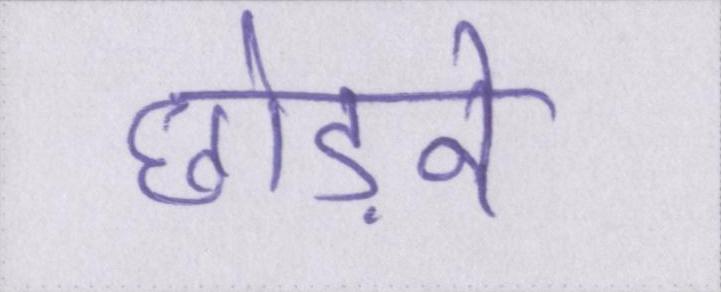
छोड़ने